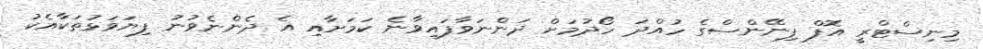
މިނިސްޓްރީ އޮފް ފިނޭންސްގެ ހުއްދަ ހޯދުމަށް ދަންނަވާފައިވާނެ ކަމަށާއި އެ ދެންނެވުނު ފިޔަވަޅުތަކާއެކު